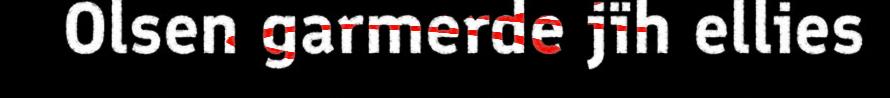
Olsen garmerde jïh ellies